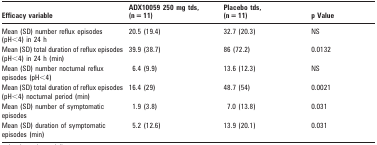
<table><thead><tr><td><b>Efficacy variable</b></td><td><b>ADX10059 250 mg tds, (n = 11)</b></td><td><b>Placebo tds, (n = 11)</b></td><td><b>p Value</b></td></tr></thead><tbody><tr><td>Mean (SD) number reflux episodes (pH&lt;4) in 24 h</td><td>20.5 (19.4)</td><td>32.7 (20.3)</td><td>NS</td></tr><tr><td>Mean (SD) total duration of reflux episodes (pH&lt;4) in 24 h (min)</td><td>39.9 (38.7)</td><td>86 (72.2)</td><td>0.0132</td></tr><tr><td>Mean (SD) number nocturnal reflux episodes (pH&lt;4)</td><td>6.4 (9.9)</td><td>13.6 (12.3)</td><td>NS</td></tr><tr><td>Mean (SD) total duration of reflux episodes (pH&lt;4) nocturnal period (min)</td><td>16.4 (29)</td><td>48.7 (54)</td><td>0.0021</td></tr><tr><td>Mean (SD) number of symptomatic episodes</td><td>1.9 (3.8)</td><td>7.0 (13.8)</td><td>0.031</td></tr><tr><td>Mean (SD) duration of symptomatic episodes (min)</td><td>5.2 (12.6)</td><td>13.9 (20.1)</td><td>0.031</td></tr></tbody></table>